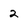
Character: 2